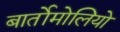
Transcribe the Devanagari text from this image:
बार्तोमोलियो